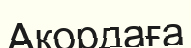
Ақордаға